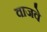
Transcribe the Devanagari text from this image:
वाजवे